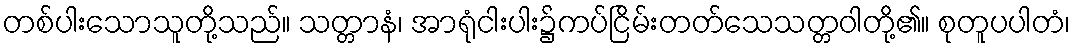
တစ်ပါးသောသူတို့သည်။ သတ္တာနံ၊ အာရုံငါးပါး၌ကပ်ငြိမ်းတတ်သေသတ္တဝါတို့၏။ စုတူပပါတံ၊